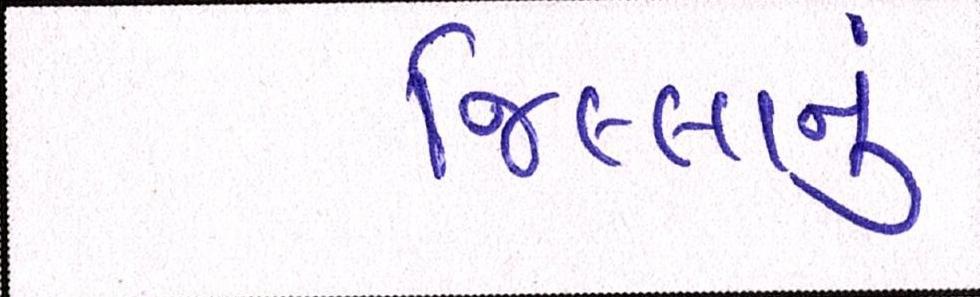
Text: જિલ્લાનું